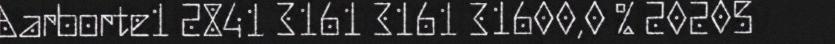
Aarborte1 2841 3161 3161 31600,0 % 20205